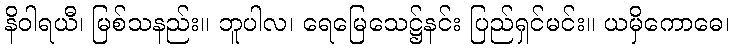
နိဝါရယီ၊ မြစ်သနည်း။ ဘူပါလ၊ ရေမြေသေဋ္ဌ်နင်း ပြည်ရှင်မင်း။ ယမှိကောဓေ၊